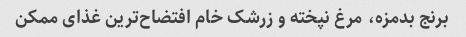
برنج بدمزه، مرغ نپخته و زرشک خام افتضاح‌ترین غذای ممکن